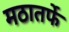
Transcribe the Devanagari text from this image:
मठातर्फे